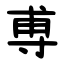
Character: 尃